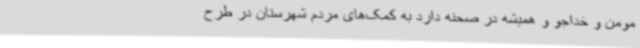
مومن و خداجو و همیشه در صحنه دارد به کمک‌های مردم شهرستان در طرح